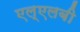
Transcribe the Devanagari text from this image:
एल्‌एलबी